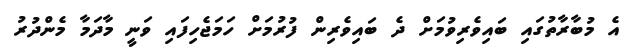
އެ މުބާރާތުގައި ބައިވެރިވުމަށް ދެ ބައިވެރިން ފުރުމަށް ހަމަޖެހިފައި ވަނީ މާދަމާ މެންދުރު